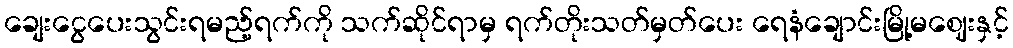
ချေးငွေပေးသွင်းရမည့်ရက်ကို သက်ဆိုင်ရာမှ ရက်တိုးသတ်မှတ်ပေး ရေနံချောင်းမြို့မဈေးနှင့်